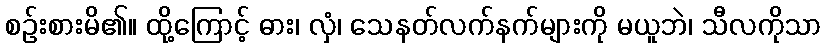
စဉ်းစားမိ၏။ ထို့ကြောင့် ဓား၊ လှံ၊ သေနတ်လက်နက်များကို မယူဘဲ၊ သီလကိုသာ